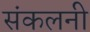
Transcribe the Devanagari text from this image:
संकलनी